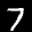
Label: 7